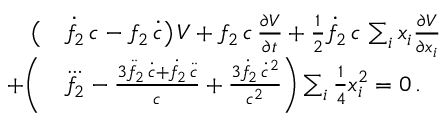
\begin{array} { r l } { \big ( } & { { } \dot { f } _ { 2 } \, c - f _ { 2 } \, \dot { c } \big ) \, V + f _ { 2 } \, c \, \frac { \partial V } { \partial t } + { \textstyle \frac { 1 } { 2 } } \dot { f } _ { 2 } \, c \, \sum _ { i } x _ { i } \frac { \partial V } { \partial x _ { i } } } \\ { + \bigg ( } & { { } \dddot { f _ { 2 } } - \frac { 3 \ddot { f } _ { 2 } \, \dot { c } + \dot { f } _ { 2 } \, \ddot { c } } { c } + \frac { 3 \dot { f } _ { 2 } \, \dot { c } ^ { 2 } } { c ^ { 2 } } \bigg ) \sum _ { i } { \textstyle \frac { 1 } { 4 } } x _ { i } ^ { 2 } = 0 \, . } \end{array}